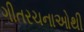
ગીતરચનાઓથી